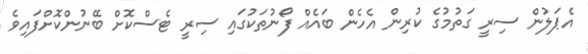
އެޕަލުން ސިރީ ގަތުމުގެ ކުރިން އެހެން ބައެއް ފޯނުތަކުގައި ސިރީ ޓެސްކޮށް ބޭނުންކޮށްފައިވެ